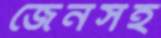
জেনসহ